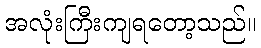
အလုံးကြီးကျရတော့သည်။